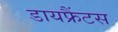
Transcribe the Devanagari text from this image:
डायफ्रैंटस